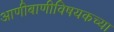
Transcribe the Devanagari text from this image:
आणीबाणीविषयकच्या